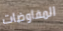
المفاوضات